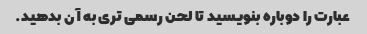
عبارت را دوباره بنویسید تا لحن رسمی تری به آن بدهید.